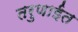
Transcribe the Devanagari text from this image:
तरुणाईत